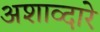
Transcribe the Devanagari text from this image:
अशाव्दारे